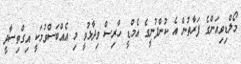
މޯލްޑިވިއަންގެ ފަރާތުން އެ ކުންފުނީގެ އެމްޑީ ހާރިސް ވިދާޅުވީ މި އެއްބަސްވުމަކީ އިގްތިސާދީ